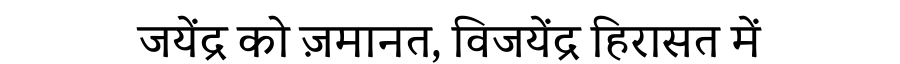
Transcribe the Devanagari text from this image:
जयेंद्र को ज़मानत, विजयेंद्र हिरासत में